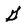
Character: G